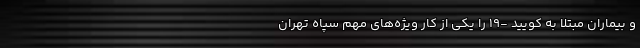
و بیماران مبتلا به کویید -19 را یکی از کار ویژه‌های مهم سپاه تهران